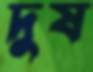
দুষ